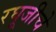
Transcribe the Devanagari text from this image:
रघूजीचे